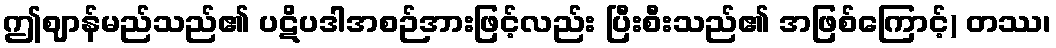
ဤဈာန်မည်သည်၏ ပဋိပဒါအစဉ်အားဖြင့်လည်း ပြီးစီးသည်၏ အဖြစ်ကြောင့်) တဿ၊